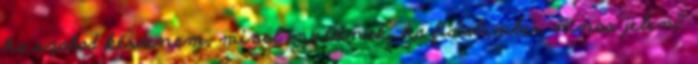
ha szabad kérdenem, mivel mulatnak, ha fiatalember nincs jelen?